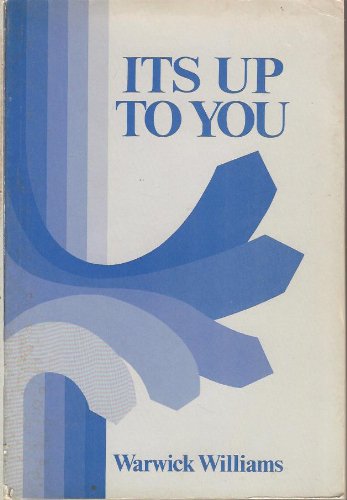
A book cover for It's Up to You: Overcoming Erection Problems; Williams Warwick; Health, Fitness & Dieting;